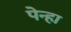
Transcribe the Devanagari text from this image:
पेन्हा